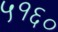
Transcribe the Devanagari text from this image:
५१६०